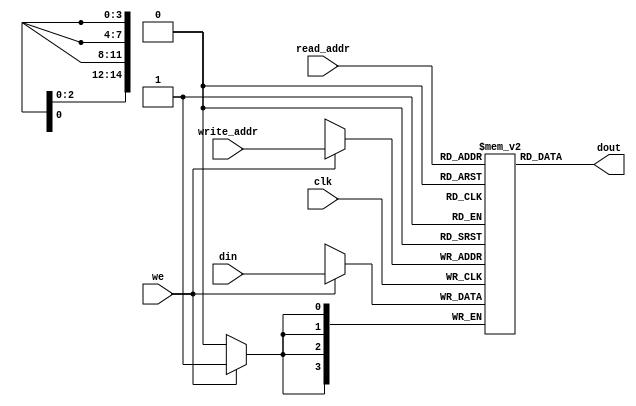
module ram_simple_dp_async_read_32768x4 (clk, we, read_addr, write_addr, din, dout);
    input clk, we;
    input [14:0] read_addr, write_addr;
    input [3:0] din;
    output [3:0] dout;
    
    reg [3:0] ram [32767:0];

    always @(posedge clk)
    begin
        if (we)
            ram[write_addr] <= din;
    end

    assign dout = ram[read_addr];

endmodule